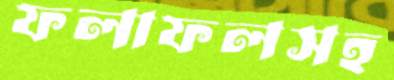
ফলাফলসহ